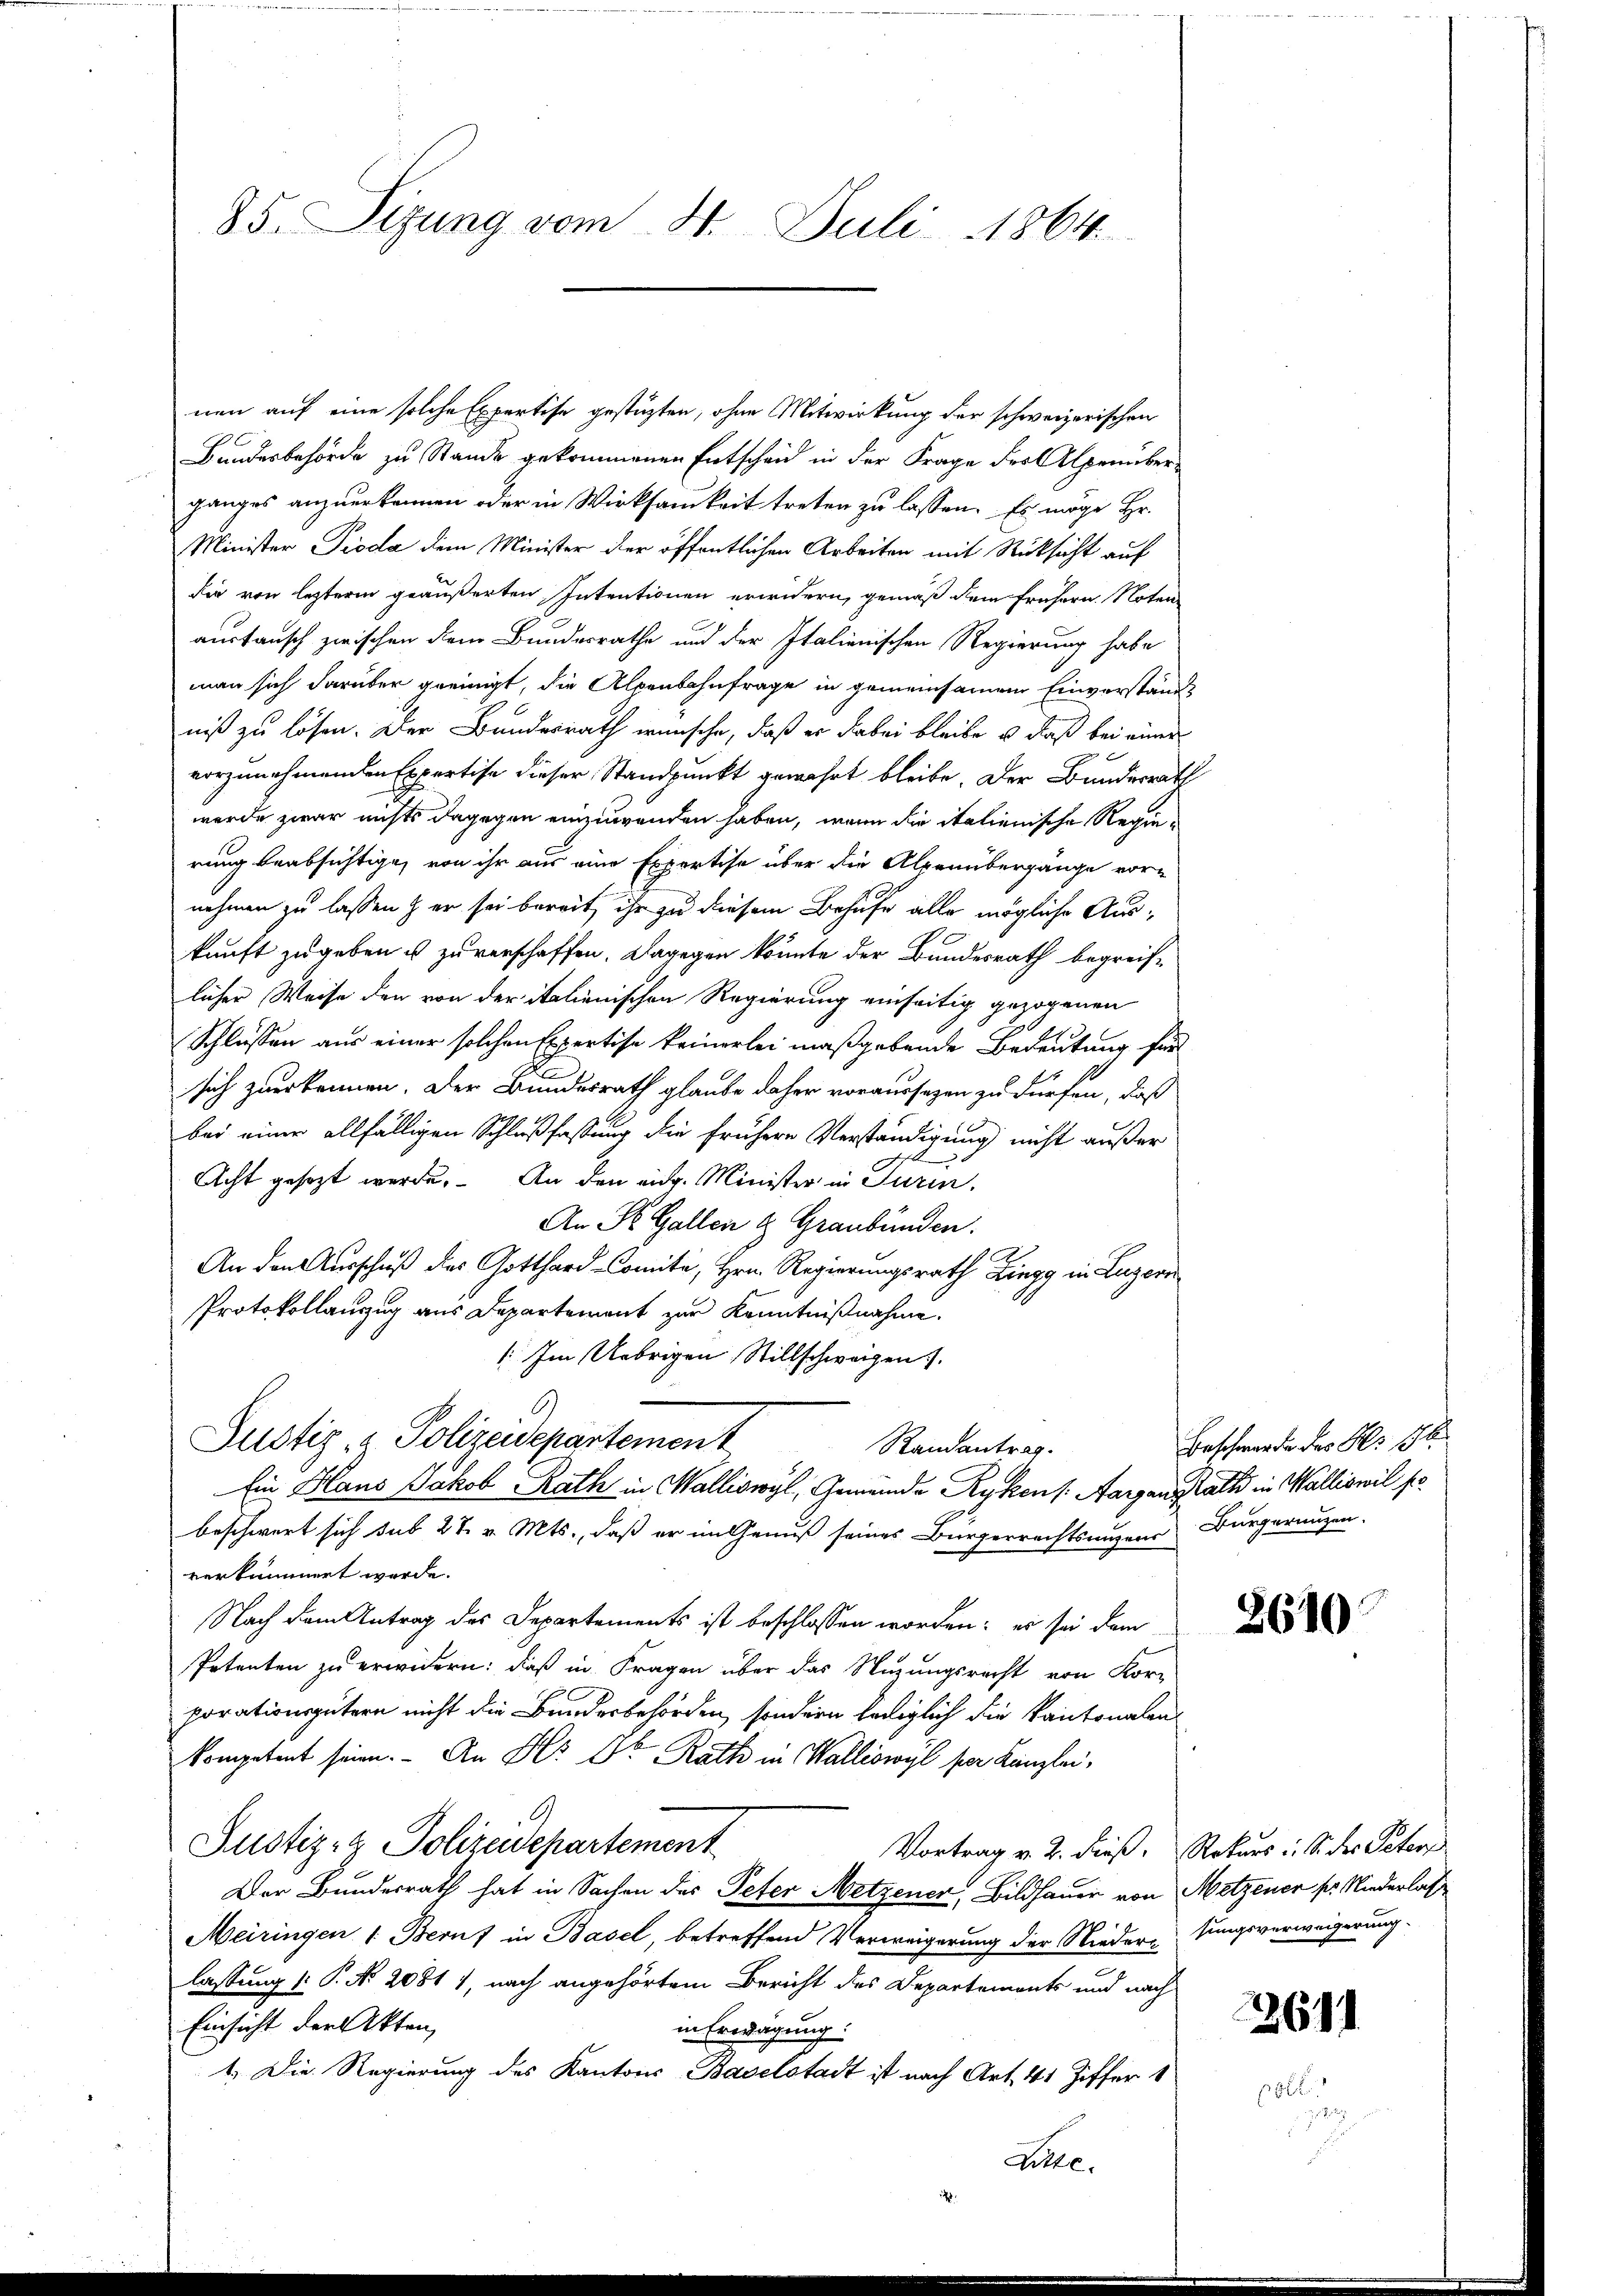
85. Sizung vom 4. Juli 1864

nen auf eine solche Expertise gestüzten, ohne Mitwirkung der schweizerischen
Bundesbehörde zu Stande gekommenen Entscheid in der Frage der Alpenüberganges anzuerkennen oder in Wirksamkeit treten zu lassen. Es möge Hr.
Minister Pioda dem Minister der öffentlichen Arbeiten mit Rücksicht auf
dir von lezterm geäußerten Intentionen erwidern, gemäß dem frühern Noten
austansch zwischen dem Bundesrathe und der Italienischen Regierung habe
man sich darüber geeinigt, die Alpenbahnfrage in gemeinsamen Einverstände
niß zu lösen. Der Bundesrath wünsche, daß er dabei bleibe u. daß bei einer
vorzunehmenden Expertise dieser Standpunkt gewahrt bleibe. Der Bundesrath
wurde zwar nichts dagegen einzuwenden haben, wenn die italienische Regierung beabsichtige, von ihr aus eine Expertise über die Alpenübergänge vor-
nehmen zu lassen & er sei bereit, ihr zu diesem Behufe alle mögliche Auskunft zugeben u zuverschaffen. Dagegen könnte der Bundesrath begreiflicher Weise den von der italienischen Regierung einseitig gezogenen
Schlüssen aus einer solchen Expertise keinerlei maßgebende Bedeutung für
sich zuerkennen. Der Bundesrath glaube daher voraussagen zu dürfen, daß
bei einer allfälligen Schlußfassung die frühere Verständigung nicht außer
Acht gesezt werde. An den eidg. Minister in Turin.
An St. Gallen & Graubünden.
An den Ausschuß des Gotthard-Comite, Hrn. Regierungsrath Zingg in Luzern
Protokollanzug aus Departement zur Kenntnißnahme.
: Im Uebrigen Stillschweigen.
b.
Justiz- & Polizeidepartement
Randantrag.
Ein Hans Jakob Rath in Walliswyl, Gemeinde Rykon s. Aargangsrath in Walliswil fo
beschwert sich sub 27. v. Mts., daß er im Genuß seines Bürgerrechtsanzens Bürgerungen.
verkümmert werde.
Nach dem Antrag des Departements ist beschlossen worden; es sei dem
Potenten zu erwidern: daß in Fragen über das Suzungsrecht von Kor-
porationsgütern nicht die Bundesbehörden, sondern lediglich die kantonalen
kompetent seien. - An H'r Dr. Rath in Walliswyl per Kanzlei-
Justiz- & Polizeidepartement
Vortrag v. 2. dieß, Rekurs : S. der Peter
Der Bundesrath hat in Sachen des Peter Metzener, Bildhauer von Metzener pr. Niederlasse
Meiringen 1. Beruf in Basel, betreffend Verweigerung der Niederesungsverweigerung.
lassung  P. No. 2081 1, nach angehörtem Bericht des Departements und nach
Einsicht der Akten,
in Fredigung:
1. Die Regierung des Kantons Baselstadt ist nach Art. 41 Ziffer 1
Etze.

Beschwerde der No 176.

2610

12611

p
132